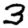
Digit: 3